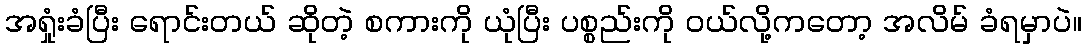
အရှုံးခံပြီး ရောင်းတယ် ဆိုတဲ့ စကားကို ယုံပြီး ပစ္စည်းကို ဝယ်လို့ကတော့ အလိမ် ခံရမှာပဲ။